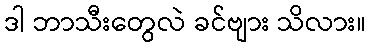
ဒါ ဘာသီးတွေလဲ ခင်ဗျား သိလား။